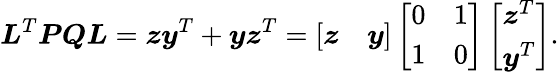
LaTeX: \boldsymbol{L}^{T}\boldsymbol{P}\boldsymbol{Q}\boldsymbol{L}=\boldsymbol{z}\boldsymbol{y}^{T}+\boldsymbol{y}\boldsymbol{z}^{T}=\left[\begin{array}{ll}{\boldsymbol{z}}&{\boldsymbol{y}}\end{array}\right]\left[\begin{array}{ll}{0}&{1}\\ {1}&{0}\end{array}\right]\left[\begin{array}{l}{\boldsymbol{z}^{T}}\\ {\boldsymbol{y}^{T}}\end{array}\right].